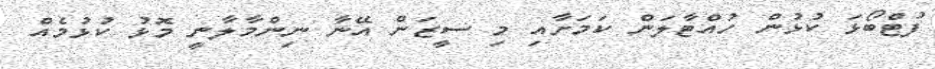
ފުޓްބޯޅަ ކުޅުން ހުއްޓާލަން ކަމަށާއި މި ސީޒަން އޭނާ ނިންމާލާނީ މޮޅު ކުޅުމެއް